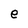
Character: e